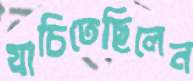
যাচিতেছিলেন